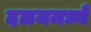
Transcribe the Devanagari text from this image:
दलममध्ये